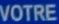
VOTRE